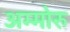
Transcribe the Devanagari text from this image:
अम्मोरु